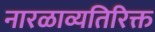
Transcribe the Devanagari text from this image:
नारळाव्यतिरिक्त